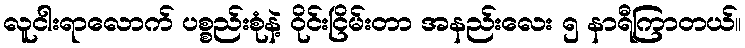
လူငါးရာလောက် ပစ္စည်းစုံနဲ့ ဝိုင်းငြိမ်းတာ အနည်းလေး ၅ နာရီကြာတယ်။